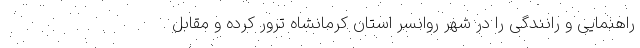
راهنمایی و رانندگی را در شهر روانسر استان کرمانشاه ترور کرده و مقابل